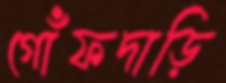
গোঁফদাড়ি